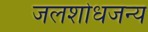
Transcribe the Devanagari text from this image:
जलशोधजन्य